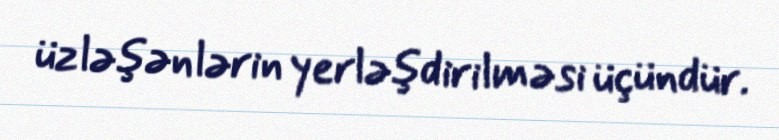
üzləşənlərin yerləşdirilməsi üçündür.